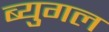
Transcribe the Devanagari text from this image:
ब्युगल